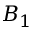
B _ { 1 }